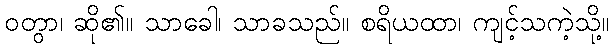
ဝတွာ၊ ဆို၏။ သာခေါ၊ သာခသည်။ စရိယထာ၊ ကျင့်သကဲ့သို့။